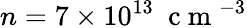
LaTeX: n=7\times 10^{13}~\mathrm{~c~m~}^{-3}